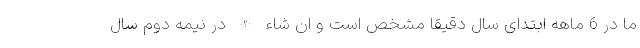
ما در 6 ماهه ابتدای سال دقیقا مشخص است و ان شاء الله در نیمه دوم سال